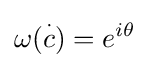
\omega ({\overset {\cdot }{c}})=e^{i\theta }